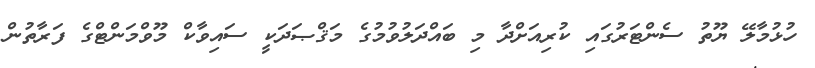
ހުޅުމާލޭ ޔޫތު ސެންޓަރުގައި ކުރިއަށްދާ މި ބައްދަލުވުމުގެ މަޤްޞަދަކީ ސައިވާކް މޫވްމަންޓްގެ ފަރާތުން